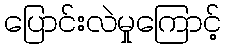
ပြောင်းလဲမှုကြောင့်